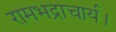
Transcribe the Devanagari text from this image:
रामभद्राचार्य।